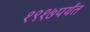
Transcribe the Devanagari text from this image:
१९१७पर्यंत